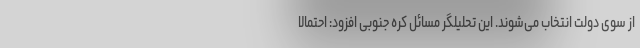
از سوی دولت انتخاب می‌شوند. این تحلیلگر مسائل کره جنوبی افزود: احتمالا